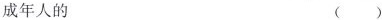
成年人的 ( )